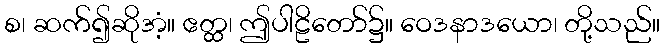
စ၊ ဆက်၍ဆိုအံ့။ ဧတ္ထ၊ ဤပါဠိတော်၌။ ဝေဒနာဒယော၊ တို့သည်။